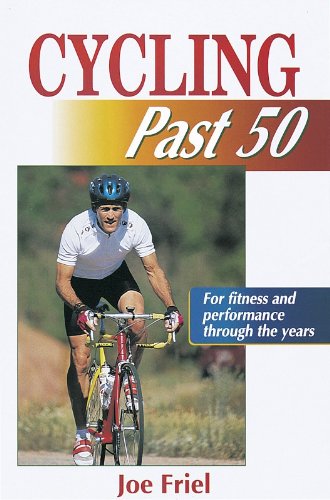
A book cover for Cycling Past 50 (Ageless Athlete); Joe Friel; Health, Fitness & Dieting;